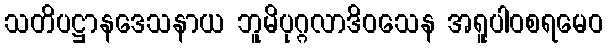
သတိပဋ္ဌာနဒေသနာယ ဘူမိပုဂ္ဂလာဒိဝသေန အရူပါဝစရမေဝ